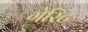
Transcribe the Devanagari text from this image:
गेरिट